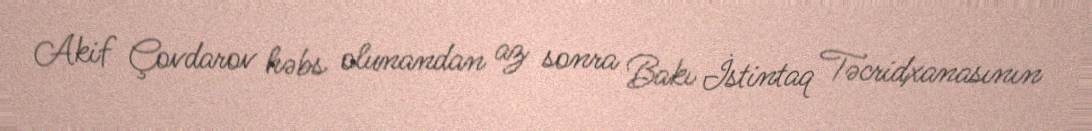
Akif Çovdarov həbs olunandan az sonra Bakı İstintaq Təcridxanasının